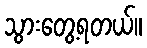
သွားတွေ့ရတယ်။